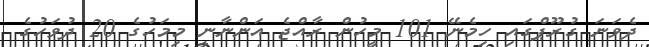
ދެވަނަ ގުރޫޕްގައި ހިމެނޭ 101 މީހުން ރާއްޖެ އަންނާނީ މިމަހުގެ 20 ދުވަހުގެ